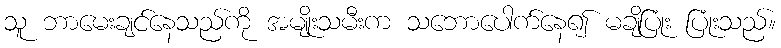
သူ ဘာမေးချင်နေသည်ကို အမျိုးသမီးက သဘောပေါက်နေ၍ မချိပြုံး ပြုံးသည်။